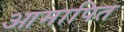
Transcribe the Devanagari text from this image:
आमापित